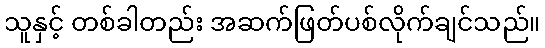
သူနှင့် တစ်ခါတည်း အဆက်ဖြတ်ပစ်လိုက်ချင်သည်။